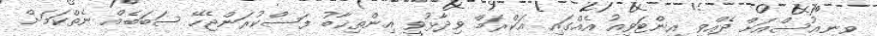
ވީނިއުސްއަށް ދެއްވި އިންޓަވިއު އެއްގައި އަކްރަމް ވިދާޅުވީ އިންތިޚާބު ފަސްކުރަންޖެހޭ ސަބަބެއް ނެތްކަމަށް